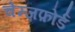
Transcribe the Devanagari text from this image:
चेम्ज़फ़ोर्ड